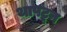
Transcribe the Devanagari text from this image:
थापटून